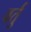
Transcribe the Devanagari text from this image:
वर्तु